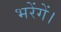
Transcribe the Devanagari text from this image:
भरेंगें।